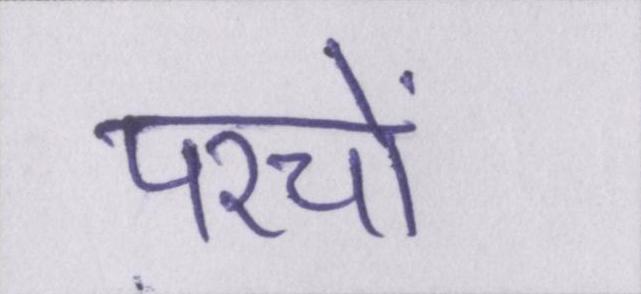
परचों